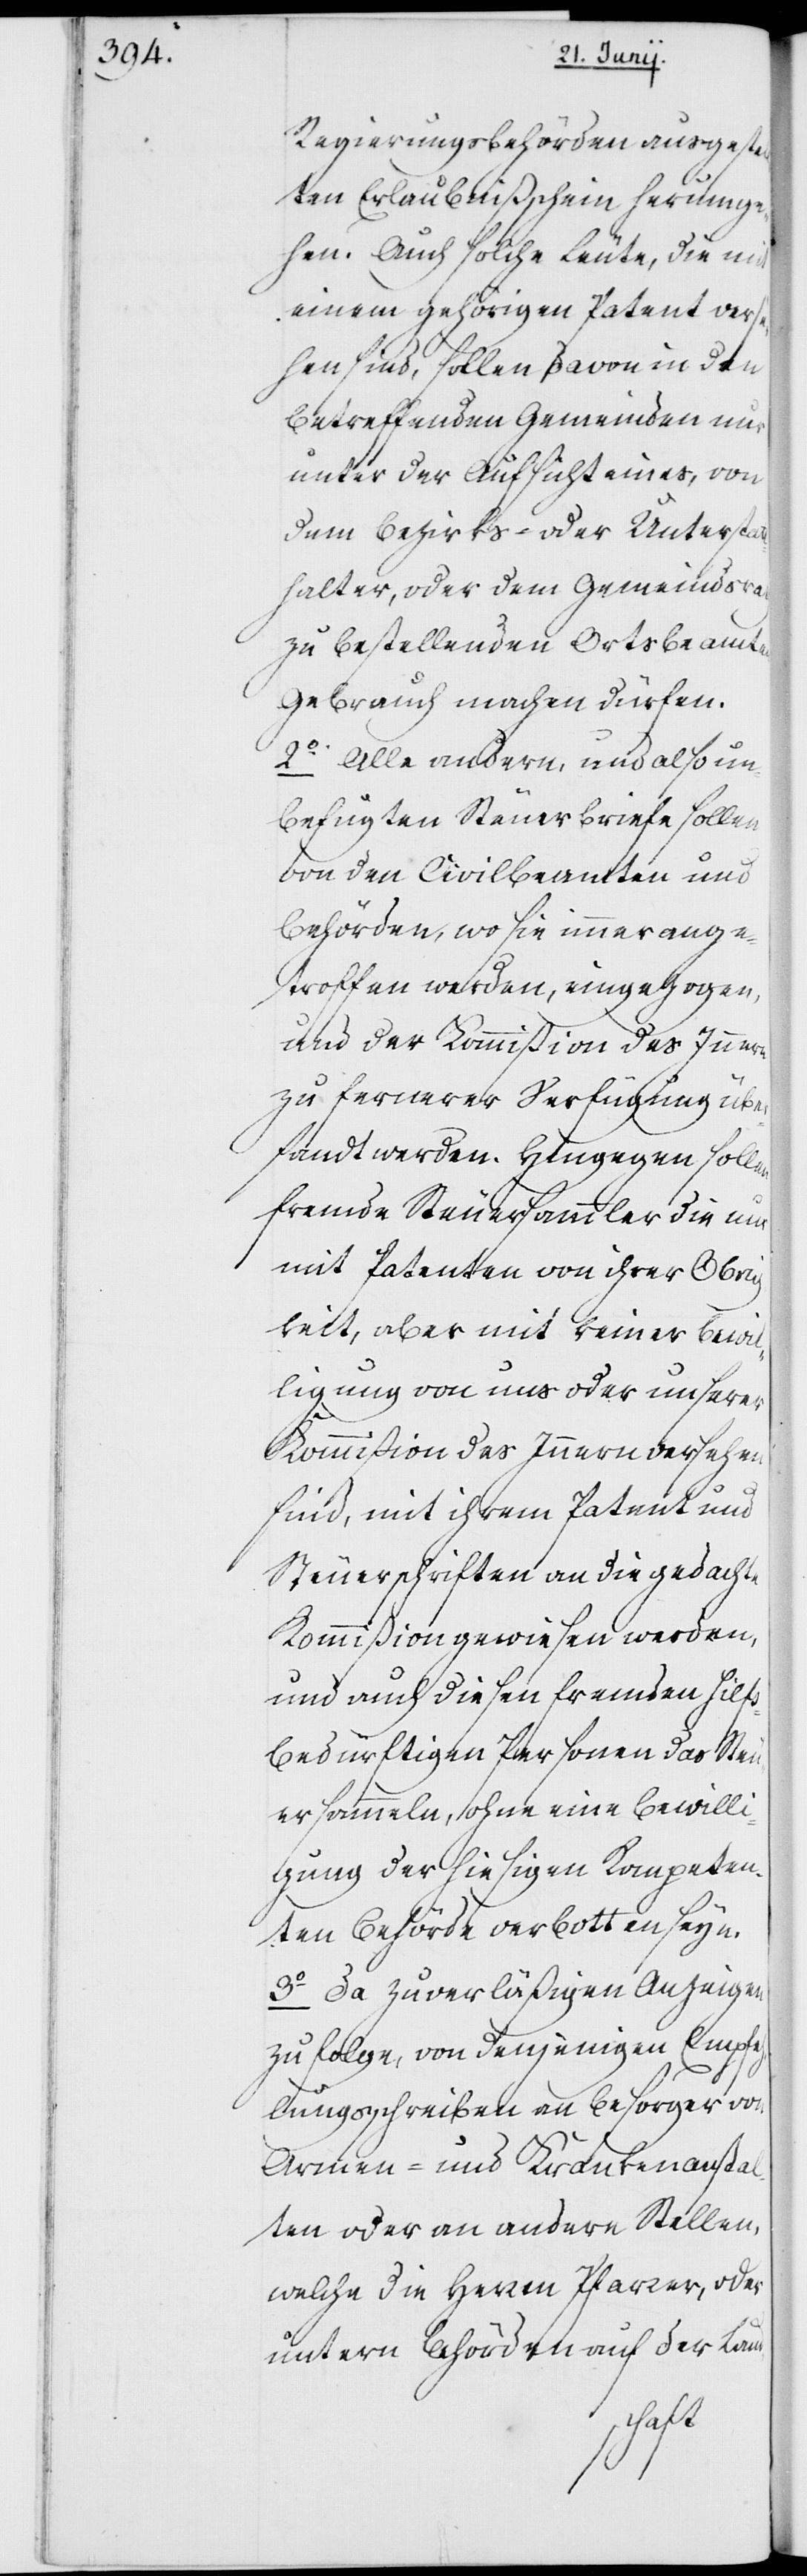
Regierungsbehörden ausgestell¬
ten Erlaubnißschein herumge¬
hen. Auch solche Leute, die mit
einem gehörigen Patent vers¬
ehen sind, sollen davon in den
betreffenden Gemeinden nur
unter der Aufsicht eines, von
dem Bezirks- oder Unterstatt¬
halter, oder dem Gemeindsrath
zu bestellenden Ortsbeamten
Gebrauch machen dürfen.
2o. Alle andern, und also un¬
befugten Steuerbriefe sollen
von den Civilbeamten und
Behörden, wo sie immer ange¬
troffen werden, eingezogen,
und der Kommißion des Innern
zu fernerer Verfügung über¬
sandt werden. Hingegen sollen
fremde Steuersammler die nur
mit Patenten von ihrer Obrig¬
keit, aber mit keiner Bewil¬
ligung von uns oder unserer
Kommißion des Innern versehen
sind, mit ihrem Patent und
Steuerschriften an die gedachte
Kommißion gewiesen werden,
und auch diesen fremden hilfs¬
bedürftigen Personen das Steu¬
ersammeln, ohne eine Bewilli¬
gung der hiesigen Kompeten¬
ten Behörde verbotten seyn.
3o Da zuverläßigen Anzeigen
zufolge, von denjenigen Empfe¬
hlungsschreiben an Besorger von
Armen- und Krankenansta¬
lten oder an andern Stellen,
welche die Herren Pfarrer, oder
untern Behörden auf der Land-